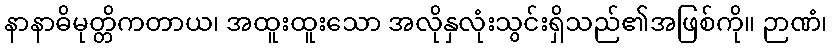
နာနာဓိမုတ္တိကတာယ၊ အထူးထူးသော အလိုနှလုံးသွင်းရှိသည်၏အဖြစ်ကို။ ဉာဏံ၊